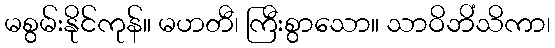
မစွမ်းနိုင်ကုန်။ မဟတီ၊ ကြီးစွာသော။ သာဝိဘိံသိကာ၊